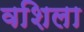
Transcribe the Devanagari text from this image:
वशिला